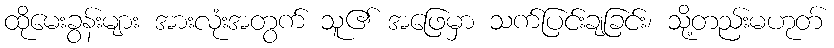
ထိုမေးခွန်းများ အားလုံးအတွက် သူ၏ အဖြေမှာ သက်ပြင်းချခြင်း၊ သို့တည်းမဟုတ်